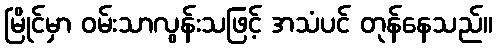
မြိုင်မှာ ဝမ်းသာလွန်းသဖြင့် အသံပင် တုန်နေသည်။